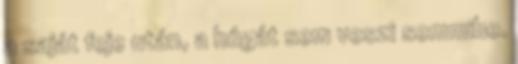
a saját feje után, a húgát sem veszi semmibe.